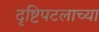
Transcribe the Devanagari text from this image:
दृष्टिपटलाच्या